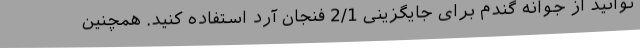
توانید از جوانه گندم برای جایگزینی 2/1 فنجان آرد استفاده کنید. همچنین